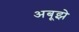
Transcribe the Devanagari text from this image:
अबूझे